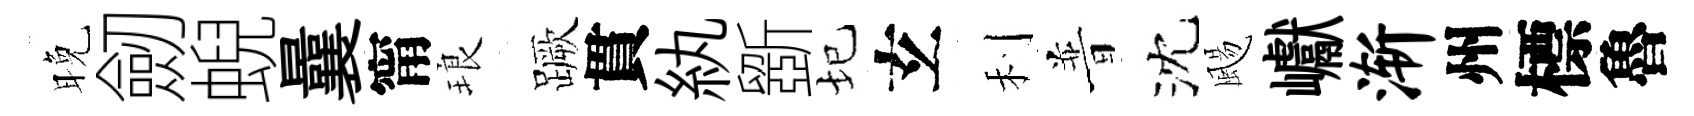
晚劒蜺曩甯琅蹶貫紈斵圮𤣥利普沈颺巘渐州標魯